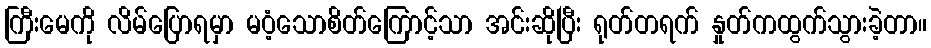
ကြီးမေကို လိမ်ပြောရမှာ မဝံ့သောစိတ်ကြောင့်သာ အင်းဆိုပြီး ရုတ်တရက် နှုတ်ကထွက်သွားခဲ့တာ။